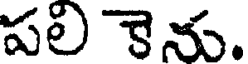
పలి కెను.